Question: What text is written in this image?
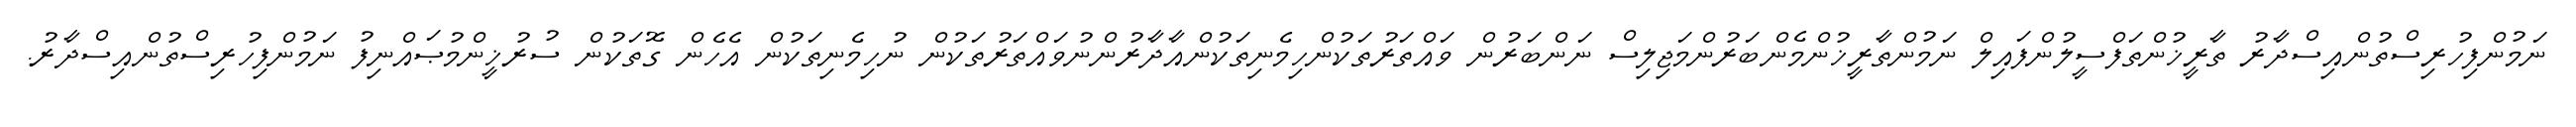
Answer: ނަމުންފިހުރިސްތުންއިސްދާރު ތާރީޚުންތަފްސީލުންފައިލް ނަމުންތާރީޚުންމެންބަރުންމަޖިލިސް ނަންބަރުން ވައްތަރުތަކުންހިމެނިތަކުންއާދާރުންނުވައްތަރުތަކުން ނުހިމެނިތަކުން އެހެން ގޮތަކުން ސުރުޚީންމުޞައްނިފު ނަމުންފިހުރިސްތުންއިސްދާރު.